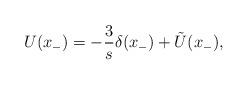
LaTeX: \begin{align*}U(x_{-}) = -\frac{3}{s} \delta(x_{-}) + \tilde{U}(x_{-}),\end{align*}